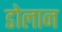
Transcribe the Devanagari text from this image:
डोलान